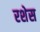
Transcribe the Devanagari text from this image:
रशेस